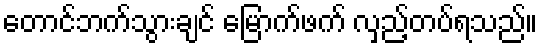
တောင်ဘက်သွားချင် မြောက်ဖက် လှည့်တပ်ရသည်။